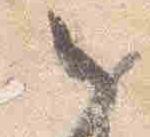
之